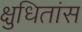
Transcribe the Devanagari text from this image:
क्षुधितांस